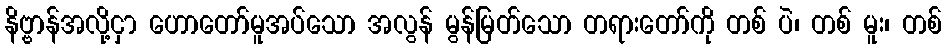
နိဗ္ဗာန်အလို့ငှာ ဟောတော်မူအပ်သော အလွန် မွန်မြတ်သော တရားတော်ကို တစ် ပဲ၊ တစ် မူး၊ တစ်